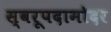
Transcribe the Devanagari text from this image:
स्वरूपदामोदर